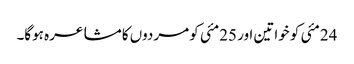
24مئی کو خواتین اور 25مئی کو مردوں کا مشاعرہ ہوگا۔